Report on vaccination in Madras 1895-1903 - 1895-1903
Year: 1895
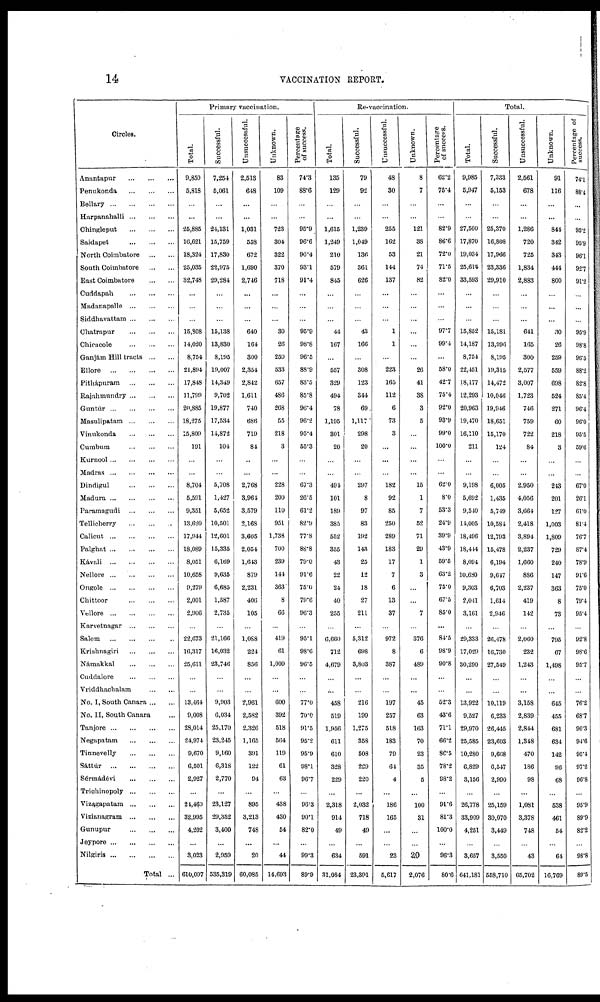
14
VACCINATION REPORT.
Circles.
Anantapur
...
...
...
Penukonda
...
...
...
Bellary
...
...
...
Harpanahalli
...
...
...
Chingleput
...
...
...
Saidapet
...
...
...
North Coimbatore
...
...
South Coimbatore
...
...
East Coimbatore
...
...
Cuddapah
...
...
...
Madanapalle
...
...
...
Siddhavattam
...
...
...
Chatrapur
...
...
...
Chicacole
...
...
...
Ganjám Hill tracts
...
...
Ellore
...
...
...
...
Pithápuram
...
...
...
Rajahmundry
...
...
...
Guntúr
...
...
...
...
Masulipatam
...
...
...
Vinukonda
...
...
...
Cumbum
...
...
...
Kurnool...
...
...
...
Madras...
...
...
...
Dindigul
...
...
...
Madura...
...
...
...
Paramagudi
...
...
...
Tellicherry
...
...
...
Calicut...
...
...
...
Palghat
...
...
...
...
Kávali
...
...
...
...
Nellore
...
...
...
...
Ongole
...
...
...
...
Chittoor
...
...
...
...
Vellore
...
...
...
...
Karvetnagar ... ... ... ...
Salem...
...
...
Krishnagiri
...
...
...
Námakkal
...
...
...
Cuddalore
...
...
...
Vriddhachalam
...
...
No. I, South Canara ... ...
No. II, South Canara ...
Tanjore
...
...
...
...
Negapatam
...
...
...
Tinnevelly
...
...
...
Sáttúr
...
...
...
...
Sémádévi
...
...
...
Triohinopoly
...
...
...
Vizagapatam
...
...
...
Vizianagram
...
...
...
Gunupur
...
...
...
Jeypore
...
...
...
...
Nilgiris
...
...
...
...
Total ...
Primary vaccination.
Total.
9,850
5,818
...
...
25,885
16,621
18,324
23,035
32,748
...
...
...
15,808
14,020
8,754
21,894
17,848
11,799
20,885
18,275
15,809
191
...
...
8,704
5,591
9,351
13,620
17,944
18,089
8,051
10,658
9,279
2,001
2,906
...
22,673
16,317
25,611
...
...
13,464
9,008
28,014
24,974
9,670
6,501
2,927
...
24,460
32,995
4,202
...
3,023
610,097
Successful.
7,254
5,061
...
...
24,131
15,759
17,830
22,975
29,284
...
...
...
15,138
13,830
8,195
19,007
14,349
9,702
19,877
17,534
14,872
104
...
...
5,708
1,427
5,652
10,501
12,601
15,335
6,169
9,635
6,685
1,587
2,735
...
21,166
16,032
23,746
...
...
9,903
6,034
25,170
23,245
9,160
6,318
2,770
...
23,127
29,352
3,400
...
2,959
535,319
Unsuccessful.
2,513
648
...
...
1,031
558
672
1,690
2,746
...
...
...
640
164
300
2,354
2,842
1,611
740
686
719
84
...
...
2,768
3,961
3,579
2,168
3,605
2,054
1,613
879
2,231
406
105
...
1,088
224
856
...
...
2,961
2,582
2,326
1,165
391
122
94
...
895
3,213
748
...
20
60,085
Unknown.
83
109
...
...
723
304
322
370
718
...
...
...
30
26
259
533
657
486
268
55
218
3
...
...
228
200
110
951
1,738
700
239
144
363
8
66
...
419
61
1,009
...
...
600
392
518
564
119
61
63
...
438
430
54
...
44
14,693
Percentage
of success.
74.3
88.6
...
...
95.9
96.8
96.4
93.1
91.4
...
...
...
95.9
98.8
96.5
88.9
83.5
85.8
96.4
96.2
95.4
55.3
...
...
67.3
26.5
61.2
82.9
77.8
88.8
79.0
91.6
75.0
79.6
96.3
...
95.1
98.6
96.5
...
...
77.0
70.0
91.5
95.2
95.9
98.1
96.7
...
96.3
90.1
82.0
...
99.3
89.9
Re-vaccination.
Total.
135
129
...
...
1,613
1,249
210
579
845
...
...
...
44
167
...
557
329
494
78
1,195
301
20
...
...
494
101
189
385
552
355
43
22
24
40
255
...
6,660
712
4,679
...
...
458
519
1,956
611
610
328
229
...
2,318
914
49
...
634
31,084
Successful.
79
92
...
...
1,239
1,049
136
361
626
...
...
...
43
166
...
308
123
344
69
1,117
298
20
...
...
297
8
97
83
192
143
25
12
18
27
211
...
5,312
698
3,803
...
...
216
199
1,275
358
508
229
220
...
2,032
718
49
...
591
23,391
Unsuccessful.
48
30
...
...
255
162
53
144
137
...
...
...
1
1
...
223
165
112
6
73
3
...
...
...
182
92
85
250
289
183
17
7
6
13
37
...
972
8
387
...
...
197
257
518
183
79
64
4
...
186
165
...
...
23
5,617
Unknown.
8
7
...
...
121
38
21
74
82
...
...
...
...
...
...
26
41
38
3
5
...
...
...
...
15
1
7
52
71
29
1
3
...
...
7
...
376
6
489
...
...
45
63
163
70
23
35
5
...
100
31
...
...
20
2,076
Percentage
of success.
62.2
75.4
...
...
82.9
86.6
72.0
71.5
82.0
...
...
...
97.7
99.4
...
58.0
42.7
75.4
92.0
93.9
99.0
100.0
...
...
62.0
8.0
53.3
24.9
39.9
43.9
59.5
63.2
75.0
67.5
85.0
...
84.5
98.9
90.8
...
...
52.3
43.6
71.1
66.2
86.5
78.2
98.2
...
91.6
81.3
100.0
...
96.3
80.6
Total.
Total.
9,985
5,947
...
...
27,500
17,870
19,034
23,614
33,593
...
...
...
15,852
14,187
8,754
22,451
18,177
12,293
20,963
19,470
16,110
211
...
...
9,198
5,692
9,540
11,005
18,496
18,444
8,094
10,680
9,303
2,041
3,161
...
29,333
17,029
30,290
...
...
13,922
9,527
29,970
25,585
10,280
6,829
3,156
...
26,778
33,909
4,251
...
3,657
641,181
Successful.
7,333
5,153
...
...
25,370
16,808
17,966
23,336
29,910
...
...
...
15,181
13,996
8,195
19,315
14,472
10,046
19,946
18,651
15,170
124
...
...
6,005
1,435
5,749
10,584
12,793
15.478
6,194
9,647
6,703
1,614
2,946
...
26.478
16,730
27,549
...
...
10.119
6,233
26,445
23,603
9,668
6,547
2,990
...
25,159
30,070
3,449
...
3,550
558,710
Unsuccessful.
2,561
678
...
...
1,286
720
725
1,834
2,883
...
...
...
641
165
300
2,577
3,007
1,723
746
759
722
84
...
...
2,950
4,056
3,664
2,418
3,894
2,237
1,660
886
2,237
419
142
...
2,060
232
1,243
...
...
3,158
2,839
2,844
1,348
470
186
98
...
1,081
3,378
748
...
43
65,702
Unknown.
91
116
...
...
844
342
343
444
800
...
...
...
30
26
259
559
698
524
271
60
218
3
...
...
243
201
127
1,003
1,809
729
240
147
363
8
73
...
795
67
1,498
...
...
645
455
681
634
142
96
68
...
538
461
54
...
64
16,769
Percentage of
success.
74.1
88.4
...
...
93.2
95.9
96.1
92.7
91.2
...
...
...
95.9
98.8
96.5
88.2
82.8
85.4
96.4
96.0
95.5
59.6
...
...
67.0
26.1
61.0
81.4
76.7
87.4
78.9
91.6
75.0
79.4
95.4
...
92.8
98.6
95.7
...
...
76.2
68.7
90.3
94.6
95.4
97.2
96.8
...
95.9
89.9
82.2
...
98.8
89.5